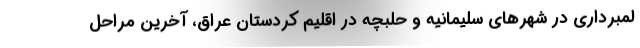
لمبرداری در شهرهای سلیمانیه و حلبچه در اقلیم کردستان عراق، آخرین مراحل